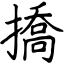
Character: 撟